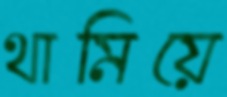
থামিয়ে